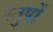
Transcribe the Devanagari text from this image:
स्तुपों